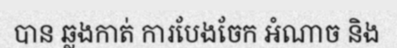
បាន ឆ្លងកាត់ ការបែងចែក អំណាច និង